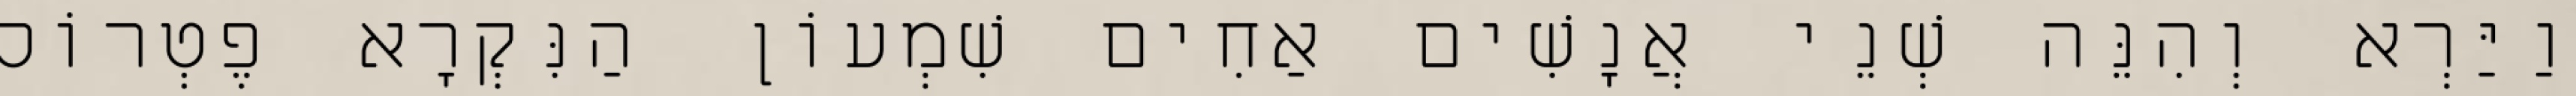
וַיַּרְא וְהִנֵּה שְׁנֵי אֲנָשִׁים אַחִים שִׁמְעוֹן הַנִּקְרָא פֶטְרוֹס